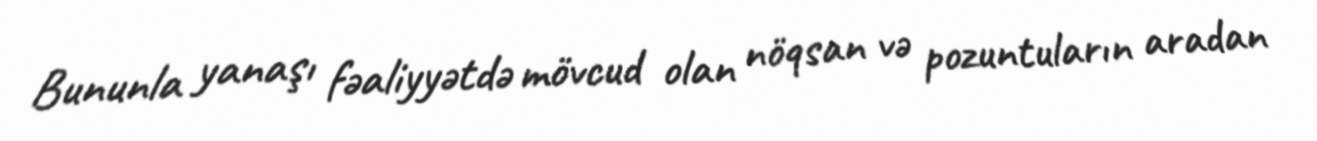
Bununla yanaşı fəaliyyətdə mövcud olan nöqsan və pozuntuların aradan